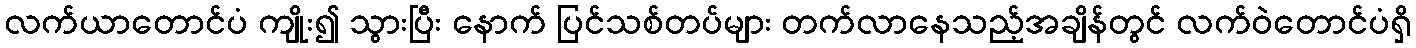
လက်ယာတောင်ပံ ကျိုး၍ သွားပြီး နောက် ပြင်သစ်တပ်များ တက်လာနေသည့်အချိန်တွင် လက်ဝဲတောင်ပံရှိ